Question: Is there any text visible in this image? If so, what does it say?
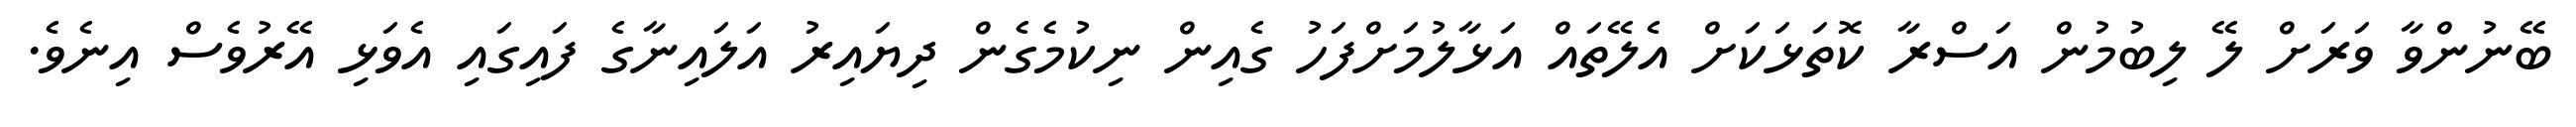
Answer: ބޭނުންވާ ވަރަށް ލޭ ލިބުމުން އަސްރާ ކޮތަޅަކަށް އެލޭތައް އަޅާލުމަށްފަހު ގެއިން ނިކުމެގެން ދިޔައިރު އަލައިނާގެ ފައިގައި އެވަޅި އޭރުވެސް އިނެވެ.